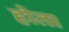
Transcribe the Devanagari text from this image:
होेता